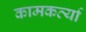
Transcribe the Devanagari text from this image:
कामकर्त्या